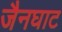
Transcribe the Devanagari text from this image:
जैनघाट